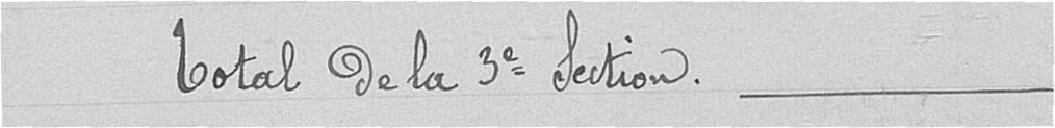
Total de la troisième section